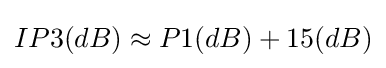
IP3(dB)\approx P1(dB)+15(dB)